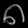
Digit: ၈